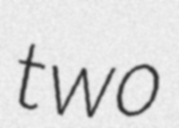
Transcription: two